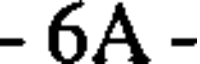
- 6A -